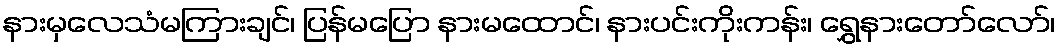
နားမှလေသံမကြားချင်၊ ပြန်မပြော နားမထောင်၊ နားပင်းကိုးကန်း၊ ရွှေနားတော်လော်၊